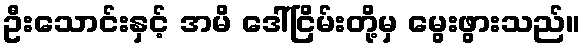
ဦးသောင်းနှင့် အမိ ဒေါ်ငြိမ်းတို့မှ မွေးဖွားသည်။